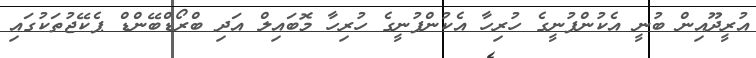
އުރީދޫއިން ބުނީ އެކުންފުނީގެ ހުރިހާ އެކުންފުނީގެ ހުރިހާ މޮބައިލް އަދި ބްރޯޑްބޭންޑް ޕެކޭޖުތަކުގައި